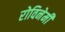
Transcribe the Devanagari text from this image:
रोविनेमी